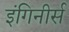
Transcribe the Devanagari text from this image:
इंगिनीर्स